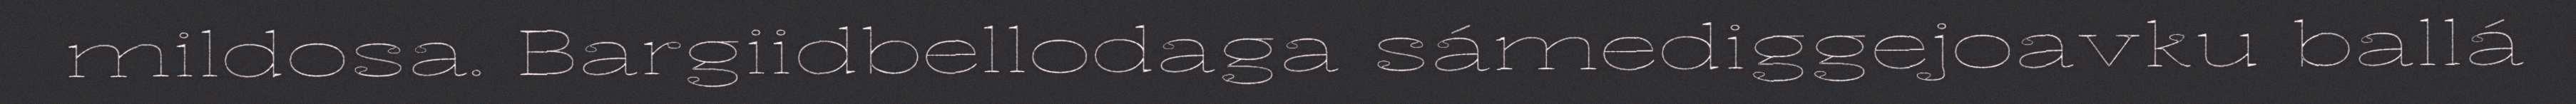
mildosa. Bargiidbellodaga sámediggejoavku ballá